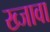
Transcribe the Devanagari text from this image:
ख्जावा